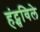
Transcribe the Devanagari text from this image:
हंट्सविले